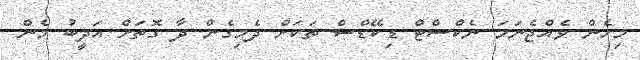
މިހެން ވެއްޖެނަމަ ނެކްސްޓް ޑިކޭޑްސް ތަކަށް ދެމިގެން ދާ ގޮތަށް އަދީބު މެން